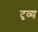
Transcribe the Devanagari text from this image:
दृव्य